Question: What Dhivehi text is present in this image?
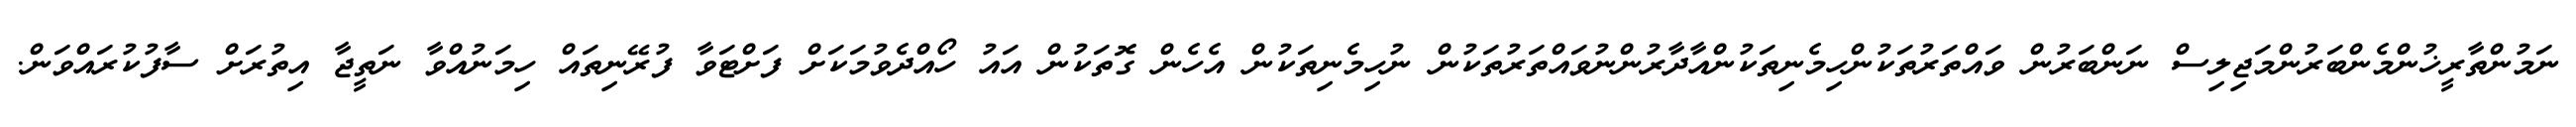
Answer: ނަމުންތާރީޚުންމެންބަރުންމަޖިލިސް ނަންބަރުން ވައްތަރުތަކުންހިމެނިތަކުންއާދާރުންނުވައްތަރުތަކުން ނުހިމެނިތަކުން އެހެން ގޮތަކުން އައު ހޯއްދެވުމަކަށް ފަށްޓަވާ ފުރޭނިތައް ހިމަނުއްވާ ނަތީޖާ އިތުރަށް ސާފުކުރައްވަން.